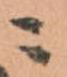
ニ